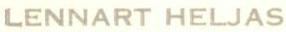
LENNART HELJAS